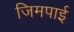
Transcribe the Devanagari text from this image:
जिमपाई